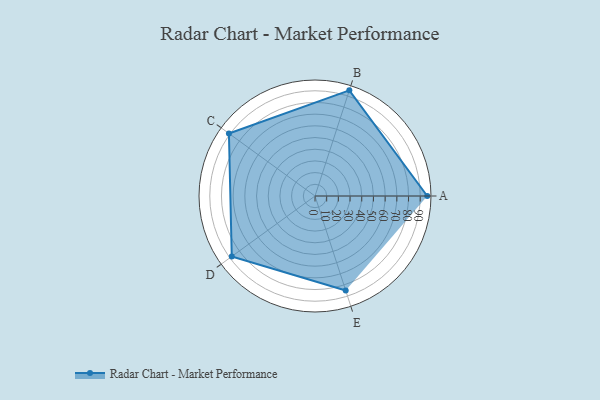
{"axis": {"x": "Skill", "y": "Score"}, "legend": ["Profile"], "data": [{"x": "A", "y": 96.0, "type": "Profile"}, {"x": "B", "y": 95.0, "type": "Profile"}, {"x": "C", "y": 91.0, "type": "Profile"}, {"x": "D", "y": 88.0, "type": "Profile"}, {"x": "E", "y": 85.0, "type": "Profile"}]}